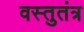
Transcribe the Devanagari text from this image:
वस्तुतंत्र